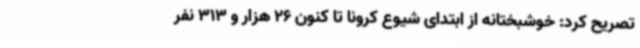
تصریح کرد: خوشبختانه از ابتدای شیوع کرونا تا کنون 26 هزار و 313 نفر